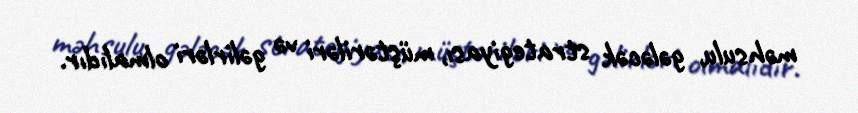
məhsulu, gələcək strategiyası, müştəriləri və gəlirləri olmalıdır.